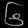
Digit: ၆